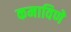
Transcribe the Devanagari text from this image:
कमाविणे